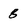
Character: 8